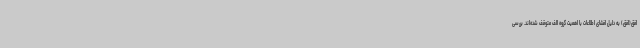
افق(افق) به دلیل افشای اطلاعات با اهمیت گروه الف متوقف شده‌اند. بررسی